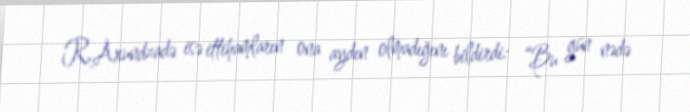
R.Axundzadə isə ittihamların ona aydın olmadığını bildirdi: “Bu gün nədə